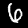
Digit: 6